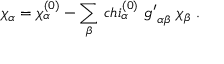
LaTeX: \chi _ { \alpha } = \chi _ { \alpha } ^ { ( 0 ) } - \sum _ { \beta } \, c h i _ { \alpha } ^ { ( 0 ) } \ { g ^ { \prime } } _ { \alpha \beta } \ \chi _ { \beta } \ .